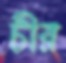
চীর